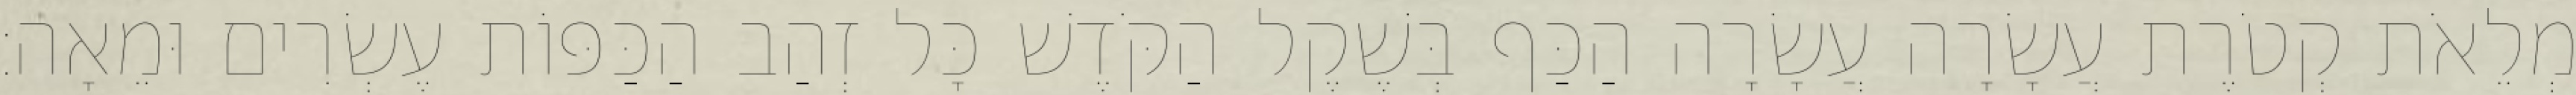
מְלֵאֹת קְטֹרֶת עֲשָׂרָה עֲשָׂרָה הַכַּף בְּשֶׁקֶל הַקֹּדֶשׁ כָּל זְהַב הַכַּפּוֹת עֶשְׂרִים וּמֵאָה׃